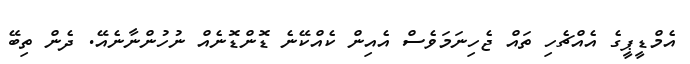
އެމްޑީޕީގެ އެއްޗެހި ތައް ޖެހިނަމަވެސް އެއިން ކެއްކޭނެ ޑޮންޑޮނެއް ނުހުންނާނެއޭ. ދެން ތިބޭ